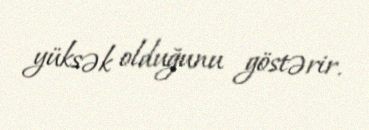
yüksək olduğunu göstərir.